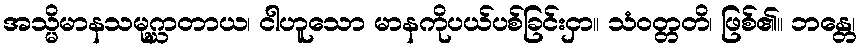
အသ္မိမာနသမုဂ္ဃာတာယ၊ ငါဟူသော မာနကိုပယ်ပစ်ခြင်းငှာ။ သံဝတ္တတိ၊ ဖြစ်၏။ ဘန္တေ၊